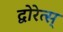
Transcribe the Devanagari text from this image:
द्वोरेत्स्